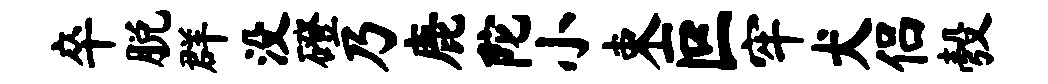
卒脱群没磴乃鹿陀小束叵牢犬侣彀